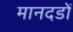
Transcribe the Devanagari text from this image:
मानदडों